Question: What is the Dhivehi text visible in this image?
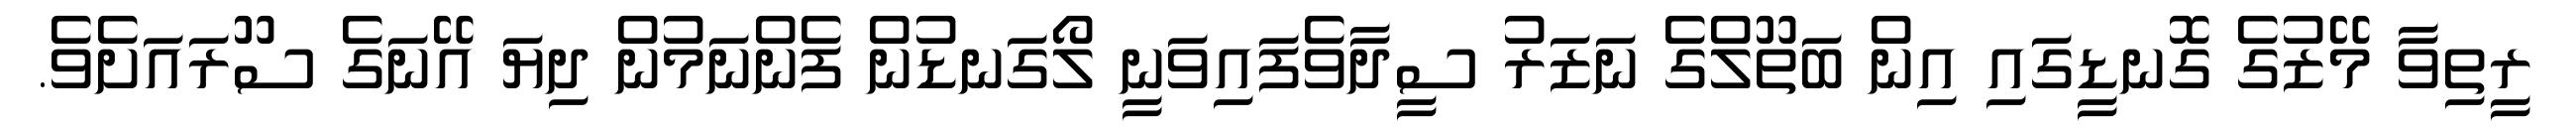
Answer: ރީތިވާ މޭޒުގެ ގޮނޑީގައި އިން ބަތޫލްގެ ނަޒަރު ސީދާވެފައިވަނީ ލޯގަނޑުން ފެންނަމުން ދިޔަ އޭނަގެ ސޫރައަށެވެ.